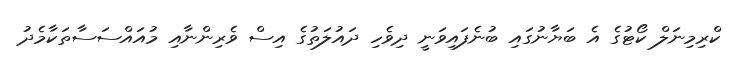
ކްރިމިނަލް ކޯޓުގެ އެ ބަޔާނުގައި ބުނެފައިވަނީ ދިވެހި ދައުލަތުގެ އިސް ވެރިންނާއި މުއައްސަސާތަކާމެދު